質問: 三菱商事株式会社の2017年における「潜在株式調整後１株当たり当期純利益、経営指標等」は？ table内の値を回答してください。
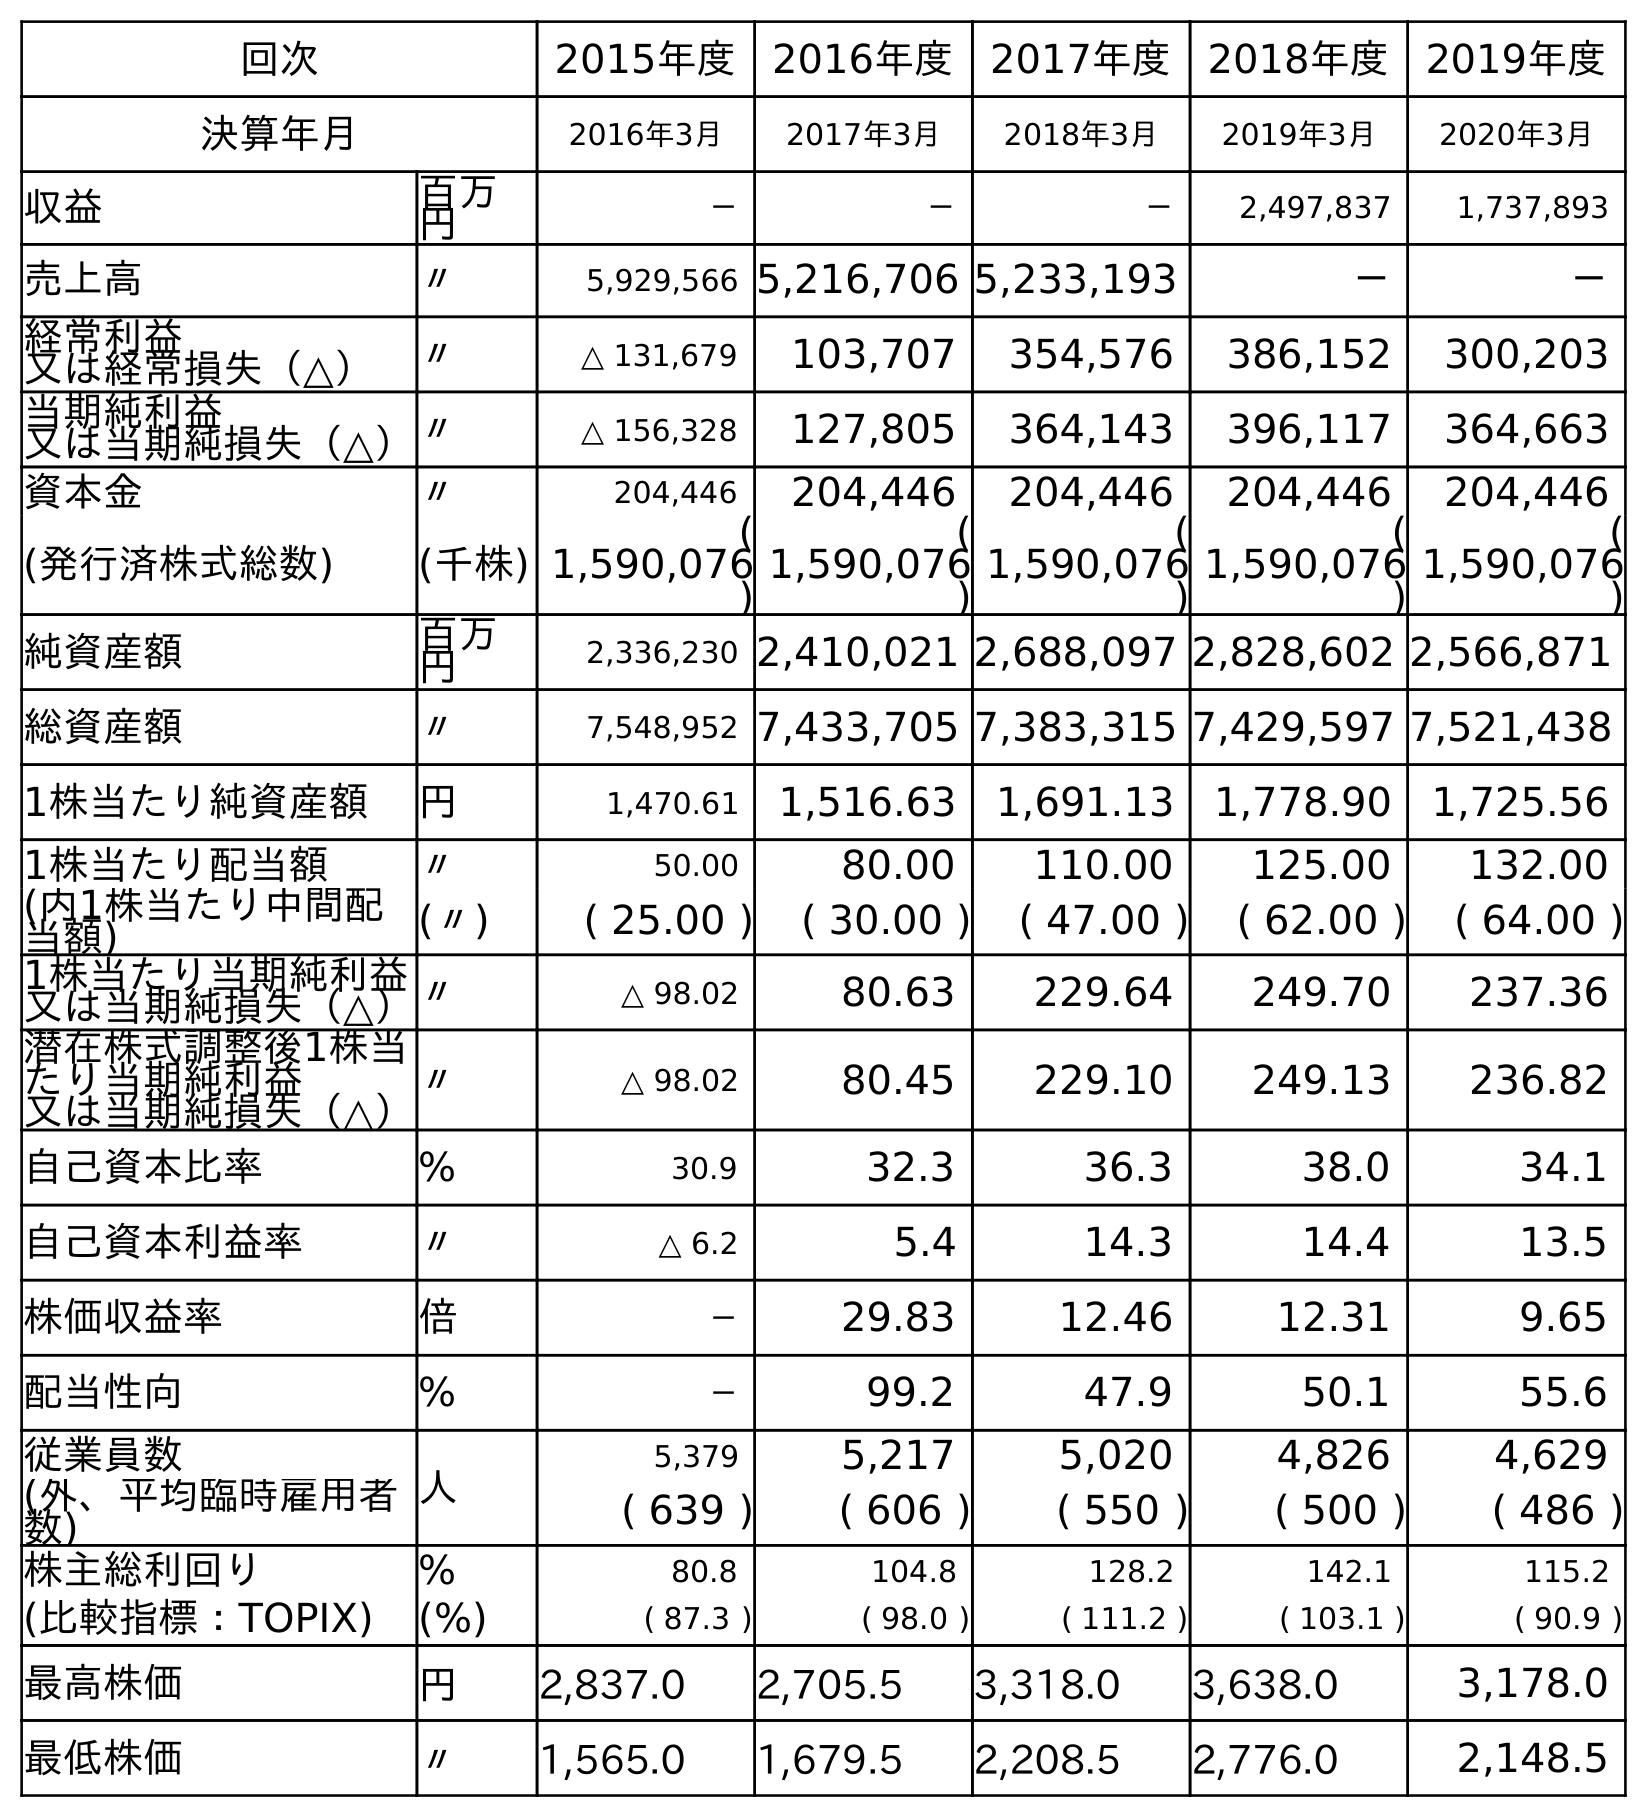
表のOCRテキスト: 回次 2015年度 2016年度 2017年度 2018年度 2019年度 決算年月 2016年3月 2017年3月 2018年3月 2019年3月 2020年3月 収益 百万 円 － － － 2,497,837 1,737,893 売上高 〃 5,929,566 5,216,706 5,233,193 － － 経常利益 又は経常損失（△） 〃 △ 131,679 103,707 354,576 386,152 300,203 当期純利益 又は当期純損失（△）〃 △ 156,328 127,805 364,143 396,117 364,663 資本金 〃 204,446 204,446 204,446 204,446 204,446 (発行済株式総数) (千株) ( 1,590,076 ) ( 1,590,076 ) ( 1,590,076 ) ( 1,590,076 ) ( 1,590,076 ) 純資産額 百万 円 2,336,230 2,410,021 2,688,097 2,828,602 2,566,871 総資産額 〃 7,548,952 7,433,705 7,383,315 7,429,597 7,521,438 1株当たり純資産額 円 1,470.61 1,516.63 1,691.13 1,778.90 1,725.56 1株当たり配当額 〃 50.00 80.00 110.00 125.00 132.00 (内1株当たり中間配 当額) (〃) ( 25.00 ) ( 30.00 ) ( 47.00 ) ( 62.00 ) ( 64.00 ) 1株当たり当期純利益 又は当期純損失（△）〃 △ 98.02 80.63 229.64 249.70 237.36 潜在株式調整後1株当 たり当期純利益 又は当期純損失（△） 〃 △ 98.02 80.45 229.10 249.13 236.82 自己資本比率 % 30.9 32.3 36.3 38.0 34.1 自己資本利益率 〃 △ 6.2 5.4 14.3 14.4 13.5 株価収益率 倍 － 29.83 12.46 12.31 9.65 配当性向 % － 99.2 47.9 50.1 55.6 従業員数 人 5,379 5,217 5,020 4,826 4,629 (外、平均臨時雇用者 数) ( 639 ) ( 606 ) ( 550 ) ( 500 ) ( 486 ) 株主総利回り % 80.8 104.8 128.2 142.1 115.2 (比較指標：TOPIX) (%) ( 87.3 ) ( 98.0 ) ( 111.2 ) ( 103.1 ) ( 90.9 ) 最高株価 円 2,837.0 2,705.5 3,318.0 3,638.0 3,178.0 最低株価 〃 1,565.0 1,679.5 2,208.5 2,776.0 2,148.5
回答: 80.45